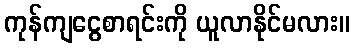
ကုန်ကျငွေစာရင်းကို ယူလာနိုင်မလား။